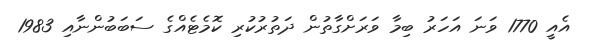
އެއީ 1770 ވަނަ އަހަރު ބިމާ ވަރަށްގާތުން ދަތުރުކުރި ކޮމެޓެއްގެ ސަބަބުންނާއި 1983